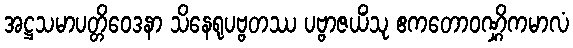
အဋ္ဌသမာပတ္တိဝေဒနာ သိနေရုပဗ္ဗတဿ ပဗ္ဗာဇယိံသု ဧကတောဝဏ္ဋိကမာလံ